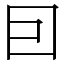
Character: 囙